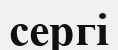
сергі